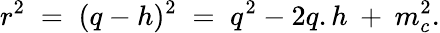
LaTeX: r^{2}\; =\; (q-h)^{2}\; =\; q^{2}-2q.h\: +\: m_{c}^{2}.